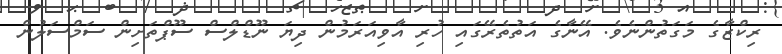
ރިކްޒާގެ މަގަތުންނެވެ. އޭނާގެ އަތުތެރޭގައި ހުރި އާވިއަރަމުން ދިޔަ ނޫޑްލްސް ސޫޕްތަށިން ސަމްސަލުން